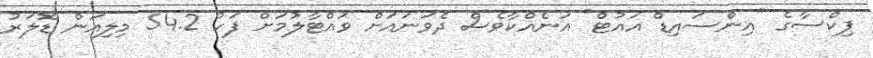
ޕިކްސާގެ "އިންސައިޑް އައުޓް" އަނެއްކާވެސް ދެވަނައަށް ވައްޓާލުމަށް ފަހު 54.2 މިލިއަން ޑޮލަރު